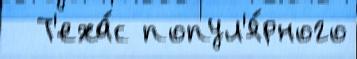
  Т'еха́с попул'я́рного